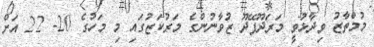
މުމްތާޒު ވިދާޅުވީ މަރަދޫފޭދޫ ޒުވާނުންގެ މަރުކަޒުގައި މި މަހުގެ 20- 22 އަށް